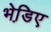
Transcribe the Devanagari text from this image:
भेडि़ए